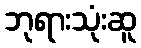
ဘုရားသုံးဆူ